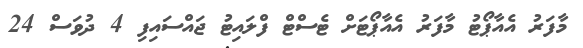
މާފަރު އެއާޕޯޓު މާފަރު އެއާޕޯޓަށް ޓެސްޓް ފްލައިޓު ޖައްސައިފި 4 ދުވަސް 24